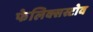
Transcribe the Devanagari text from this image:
फेलिक्सस्टोव